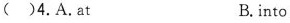
( )4.A.at B.into